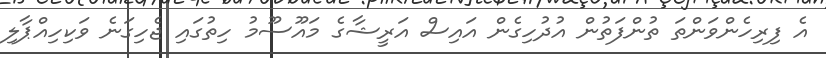
އެ ފިރިހެންވަންތަ ތުންފަތުން އުދުހިގެން އައިސް އަރީޝާގެ މައޫސޫމު ހިތުގައި ޖެހިގަނެ ވަކިހިއްޕާލި